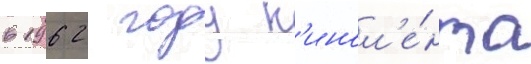
в 1962 году к'инол'е́нта